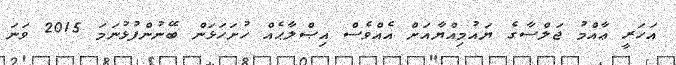
އަހަރީ ޢާއްމު ޖަލްސާގެ ޔައުމިއްޔާއަށް އެއްވެސް އިޞްލާޙެއް ހުށަހަޅަން ބޭނުންފުޅުނަމަ 2015 ވަނަ